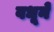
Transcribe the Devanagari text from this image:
वधूनें